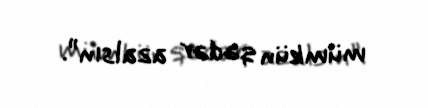
mümkün qədər azalsın”.